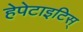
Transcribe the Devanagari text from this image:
हेपेटाइटिस्